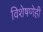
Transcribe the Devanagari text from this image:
विशेषणेही